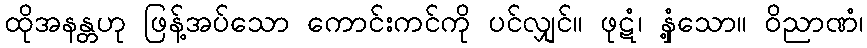
ထိုအနန္တဟု ဖြန့်အပ်သော ကောင်းကင်ကို ပင်လျှင်။ ဖုဋံ၊ နှံ့သော။ ဝိညာဏံ၊